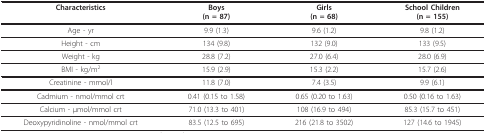
<table><thead><tr><td><b>Characteristics</b></td><td><b>Boys(n = 87)</b></td><td><b>Girls(n = 68)</b></td><td><b>School Children(n = 155)</b></td></tr></thead><tbody><tr><td>Age - yr</td><td>9.9 (1.3)</td><td>9.6 (1.2)</td><td>9.8 (1.2)</td></tr><tr><td>Height - cm</td><td>134 (9.8)</td><td>132 (9.0)</td><td>133 (9.5)</td></tr><tr><td>Weight - kg</td><td>28.8 (7.2)</td><td>27.0 (6.4)</td><td>28.0 (6.9)</td></tr><tr><td>BMI - kg/m<sup>2</sup></td><td>15.9 (2.9)</td><td>15.3 (2.2)</td><td>15.7 (2.6)</td></tr><tr><td>Creatinine - mmol/l</td><td>11.8 (7.0)</td><td>7.4 (3.5)</td><td>9.9 (6.1)</td></tr><tr><td>Cadmium - nmol/mmol crt</td><td>0.41 (0.15 to 1.58)</td><td>0.65 (0.20 to 1.63)</td><td>0.50 (0.16 to 1.63)</td></tr><tr><td>Calcium - μmol/mmol crt</td><td>71.0 (13.3 to 401)</td><td>108 (16.9 to 494)</td><td>85.3 (15.7 to 451)</td></tr><tr><td>Deoxypyridinoline - nmol/mmol crt</td><td>83.5 (12.5 to 695)</td><td>216 (21.8 to 3502)</td><td>127 (14.6 to 1945)</td></tr></tbody></table>